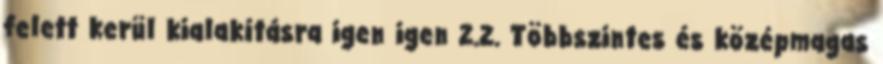
felett kerül kialakításra igen igen 2.2. Többszintes és középmagas